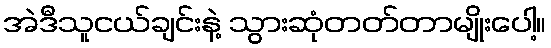
အဲဒီသူငယ်ချင်းနဲ့ သွားဆုံတတ်တာမျိုးပေါ့။